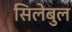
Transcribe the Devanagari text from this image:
सिलेबुल